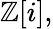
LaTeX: \mathbb{Z}[i],